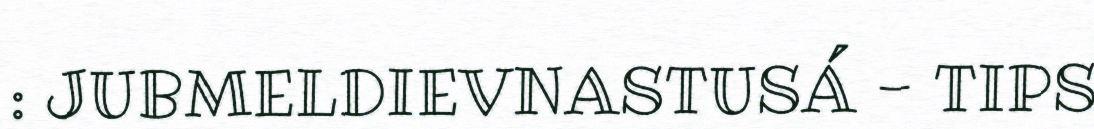
: JUBMELDIEVNASTUSÁ - TIPS